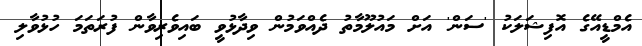
އެމްޑީއޭގެ އޮފިޝަލަކު 'ސަން' އަށް މައުލޫމާތު ދެއްވަމުން ވިދާޅުވީ ބައިވެރިވާން ފުރަތަމަ ހުޅުވާލި